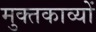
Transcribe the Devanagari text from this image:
मुक्तकाव्यों